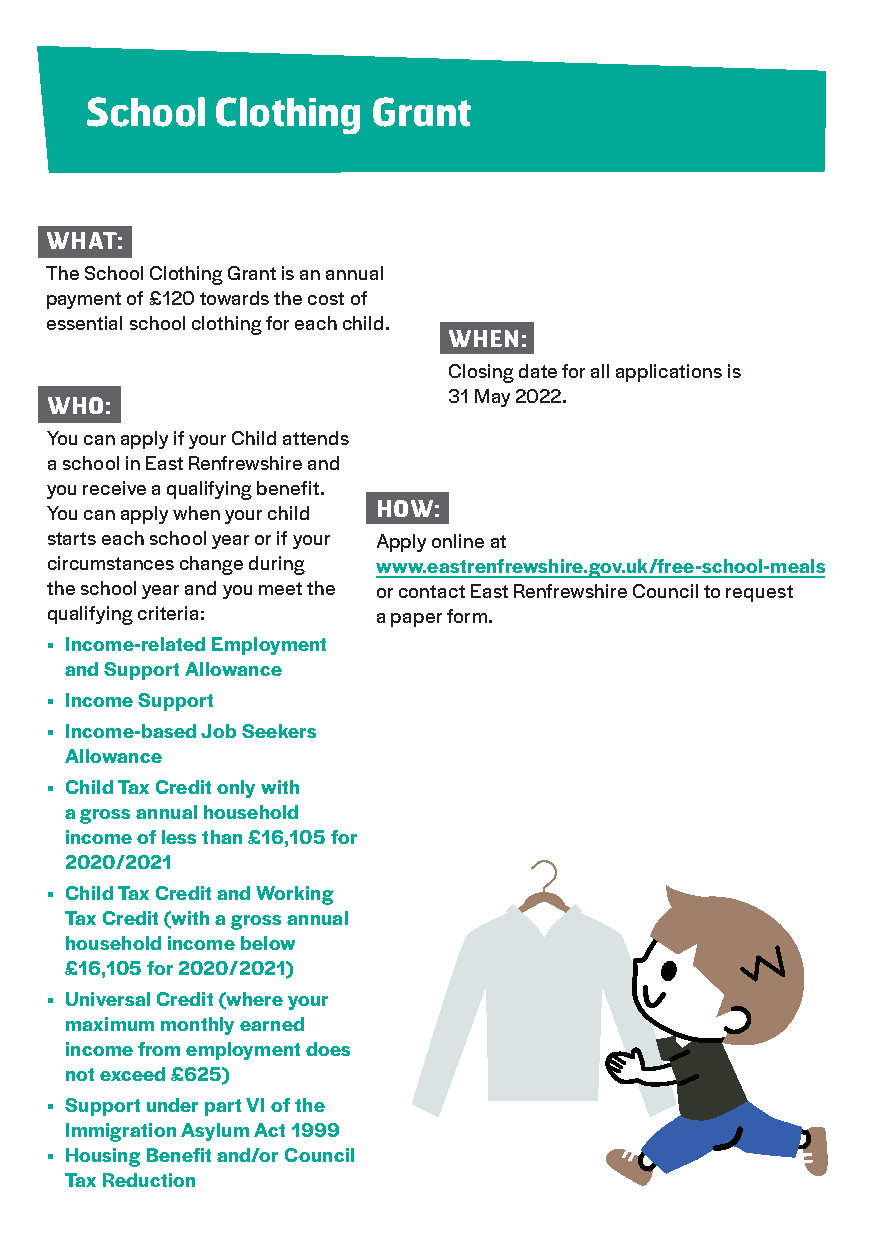
School  Clothing   Grant
 WHAT:
 The School Clothing Grant is an annual
 payment of £120 towards the cost of
 essential school clothing for each child.
 WHEN:
 Closing date for all applications is
 31 May 2022.
 WHO:
 You can apply if your Child attends
 a school in East Renfrewshire and
 you receive a qualifying benefit.
 HOW:
 You can apply when your child
 starts each school year or if your Apply online at
 circumstances change during www.eastrenfrewshire.gov.uk/free-school-meals
 the school year and you meet the or contact East Renfrewshire Council to request
 qualifying criteria:  a paper form.
 • I ncome-related Employment
 and Support Allowance
 • Income Support
 • Income-based Job Seekers
 Allowance
 • Child Tax Credit only with
 a gross annual household
 income of less than £16,105 for
 2020/2021
 • Child Tax Credit and Working
 Tax Credit (with a gross annual
 household income below
 £16,105 for 2020/2021)
 • Universal Credit (where your
 maximum monthly earned
 income from employment does
 not exceed £625)
 • Support under part VI of the
 Immigration Asylum Act 1999
 • Housing Benefit and/or Council
 Tax Reduction